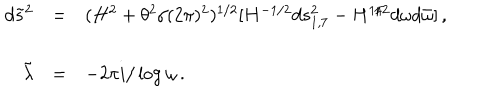
\begin{array} { r c l } { { d { \tilde { s } } ^ { 2 } } } & { { = } } & { { ( H ^ { 2 } + \theta ^ { 2 } / ( 2 \pi ) ^ { 2 } ) ^ { 1 / 2 } [ H ^ { - 1 / 2 } d s _ { 1 , 7 } ^ { 2 } - H ^ { 1 / 2 } d \omega d { \bar { \omega } } ] \, , } } \\ { { } } & { { } } & { { } } \\ { { { \tilde { \lambda } } } } & { { = } } & { { - 2 \pi i / \log { \omega } \, . } } \\ \end{array}